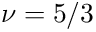
\nu = 5 / 3